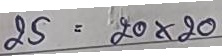
25 = 20 x 20